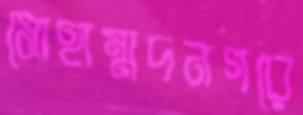
মোহাম্মদনগরে